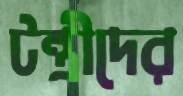
টন্ত্রীদের